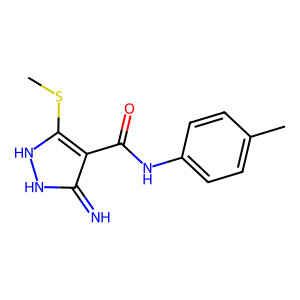
SMILES: CSc1[nH][nH]c(=N)c1C(=O)Nc1ccc(C)cc1
Inhibits HIV replication: No